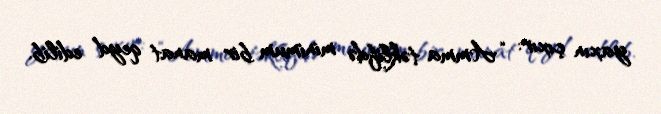
yaxın çıxır: “Amma təklifdə minimum bir manat qeyd edilib.